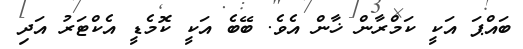
ބައްޕަ އަކީ ކަމްރާން ޚާން އެވެ. ބޭބެ އަކީ ކޮމެޑީ އެކްޓަރު އަދި